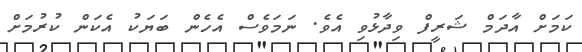
ކަމަށް އާދަމް ޝަރީފް ވިދާޅުވި އެވެ. ނަމަވެސް އެހެން ބަޔަކު އެކަން ކުރުމަަށް